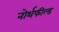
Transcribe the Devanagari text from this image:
नोर्थफील्ड